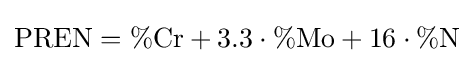
{\text{PREN}}=\%{\text{Cr}}+3.3\cdot \%{\text{Mo}}+16\cdot \%{\text{N}}